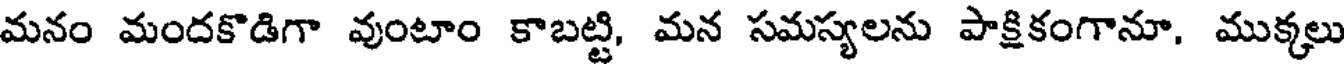
మనం మందకొడిగా వుంటాం కాబట్టి, మన సమస్యలను పాక్షికంగానూ, ముక్కలు